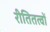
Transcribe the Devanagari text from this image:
रीतितत्वों